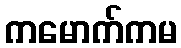
ကမောက်ကမ